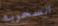
السحريه